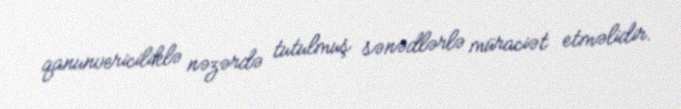
qanunvericiliklə nəzərdə tutulmuş sənədlərlə müraciət etməlidir.